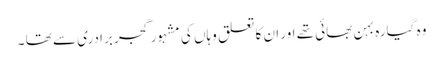
وہ گیارہ بہن بھائی تھے اور ان کا تعلق وہاں کی مشہور گجر برادری سے تھا ۔